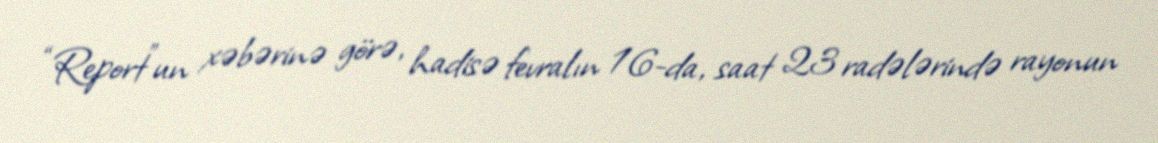
“Report”un xəbərinə görə, hadisə fevralın 16-da, saat 23 radələrində rayonun